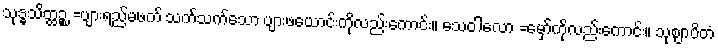
သုဒ္ဓသိတ္ထဉ္စ =ပျားရည်မဖက် သက်သက်သော ပျားဖယောင်းကိုလည်းကောင်း။ သေဝါလော =မှော်ကိုလည်းကောင်း။ သုဈာပိတံ